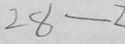
2 8 - 2